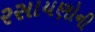
રસાયણોની